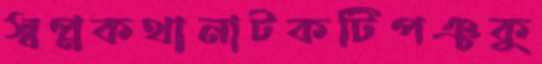
স্বপ্নকথানাটকটিপঞ্চকু